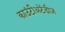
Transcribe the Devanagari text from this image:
काउंटीअटेंडीज़